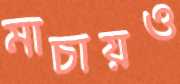
মাচায়ও